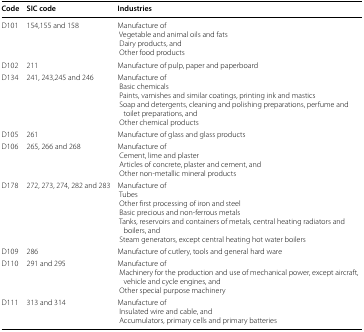
| Code | SIC code | Industries |
 | --- | --- | --- |
 | D101 | 154,155 and 158 | Manufacture of Vegetable and animal oils and fats Dairy products, and Other food products |
 | D102 | 211 | Manufacture of pulp, paper and paperboard |
 | D134 | 241, 243,245 and 246 | Manufacture of Basic chemicals Paints, varnishes and similar coatings, printing ink and mastics Soap and detergents, cleaning and polishing preparations, perfume and toilet preparations, and Other chemical products |
 | D105 | 261 | Manufacture of glass and glass products |
 | D106 | 265, 266 and 268 | Manufacture of Cement, lime and plaster Articles of concrete, plaster and cement, and Other non-metallic mineral products |
 | D178 | 272, 273, 274, 282 and 283 | Manufacture of Tubes Other first processing of iron and steel Basic precious and non-ferrous metals Tanks, reservoirs and containers of metals, central heating radiators and boilers, and Steam generators, except central heating hot water boilers |
 | D109 | 286 | Manufacture of cutlery, tools and general hard ware |
 | D110 | 291 and 295 | Manufacture of Machinery for the production and use of mechanical power, except aircraft, vehicle and cycle engines, and Other special purpose machinery |
 | D111 | 313 and 314 | Manufacture of Insulated wire and cable, and Accumulators, primary cells and primary batteries |